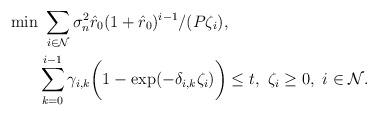
LaTeX: \begin{align*}\min & ~\sum_{i\in\mathcal{N}} \sigma_n^2\hat{r}_0(1+\hat{r}_0)^{i-1}/(P\zeta_i), \\& \sum_{k=0}^{i-1} \gamma_{i,k}\bigg(1-\exp(-\delta_{i,k}\zeta_i)\bigg)\le t, ~\zeta_i\ge 0, ~i\in\mathcal{N}. \end{align*}